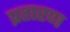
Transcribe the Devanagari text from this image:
प्रतारण